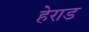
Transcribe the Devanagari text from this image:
हेराड